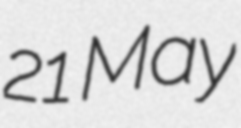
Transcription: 21 May